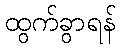
ထွက်ခွာရန်